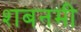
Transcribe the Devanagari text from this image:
शबनमी